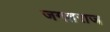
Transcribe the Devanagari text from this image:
जगतराज